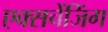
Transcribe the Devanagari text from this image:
एक्सचेंजिंग